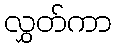
လွှတ်ကာ